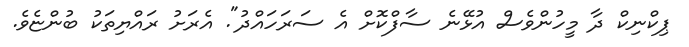
ޕިކްނިކް ދާ މީހުންވެސް އުޅޭނެ ސާފްކޮށް އެ ސަރަހައްދު". އެރަށު ރައްޔިތަކު ބުންޏެވެ.